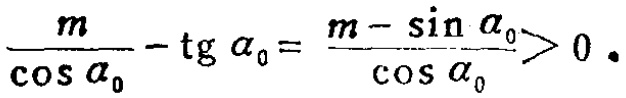
$\frac{m}{\cos \alpha_{0}}-\operatorname{tg} \alpha_{0}=\frac{m-\sin \alpha_{0}}{\cos \alpha_{0}}>0 .$